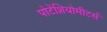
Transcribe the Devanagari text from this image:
पोटेंशियोमीटर्स